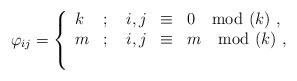
LaTeX: \begin{align*}\varphi_{ij}=\left\{\begin{array}{lllll}k & ; & \;i,j & \equiv & 0 \mod(k)~, \\ m & ; & \;i,j & \equiv & m \mod(k)~, \\ & & & & \end{array}\right. \end{align*}